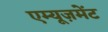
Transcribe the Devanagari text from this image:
एम्यूज़मेंट